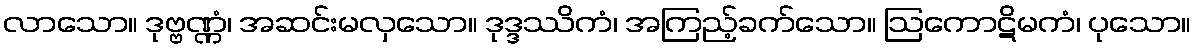
လာသော။ ဒုဗ္ဗဏ္ဏံ၊ အဆင်းမလှသော။ ဒုဒ္ဒဿိကံ၊ အကြည့်ခက်သော။ ဩကောဋိမကံ၊ ပုသော။